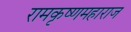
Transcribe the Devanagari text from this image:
रामकृष्णमहाराज